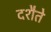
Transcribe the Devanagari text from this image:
दशैते